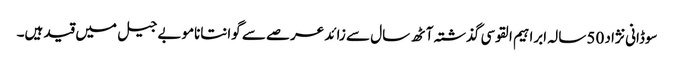
سوڈانی نژاد 50 سالہ ابراہیم القوسی گذشتہ آٹھ سال سے زائد عرصے سے گوانتاناموبے جیل میں قید ہیں۔